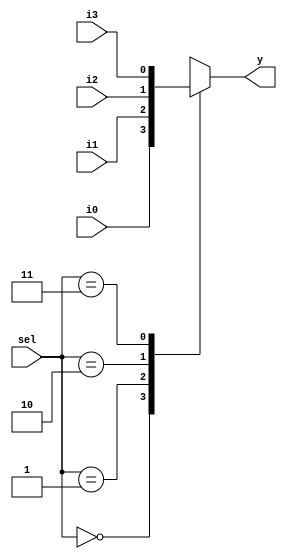
module mux_4_1(
	input i0,i1,i2,i3,
	input [1:0]sel,
	output reg y
);

always @(*) begin 
	
	case(sel)
		2'b00: y = i0;
		2'b01: y = i1;
		2'b10: y = i2;
		2'b11: y = i3;
		default: $display("Invalid sel input");
	endcase
end 
endmodule